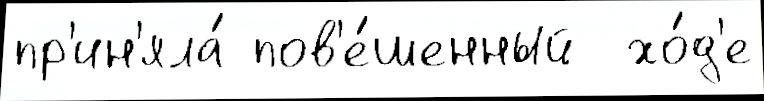
пр'ин'яла́ пов'е́шенный  хо́д'е